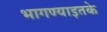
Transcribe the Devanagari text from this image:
भागण्याइतके